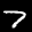
Digit: 7